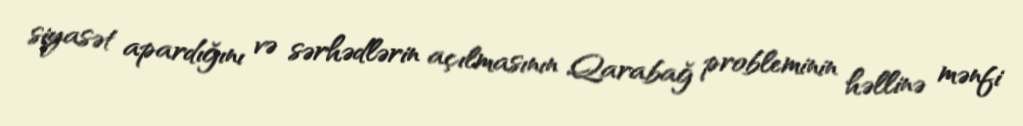
siyasət apardığını və sərhədlərin açılmasının Qarabağ probleminin həllinə mənfi